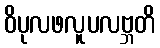
ဝိပုလဖလူပလဗ္ဘတိ